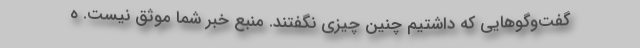
گفت‌وگوهایی که داشتیم چنین چیزی نگفتند. منبع خبر شما موثق نیست. ه